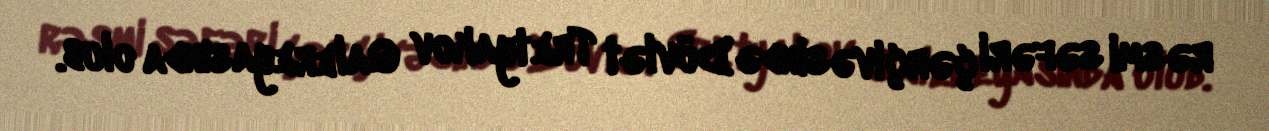
rəsmi səfəri çərçivəsində Dövlət Tretyakov Qalereyasında olub.